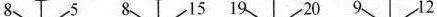
8 5 8 15 19 20 9 12